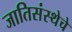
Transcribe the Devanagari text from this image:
जातिसंस्थेचे